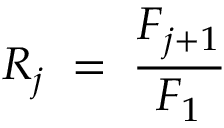
R _ { j } \; = \; \frac { F _ { j + 1 } } { F _ { 1 } }